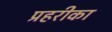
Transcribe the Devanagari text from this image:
प्रहरीका